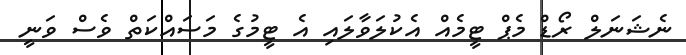
ނެޝަނަލް ރޯޑް މެޕް ޓީމެއް އެކުލަވާލައި އެ ޓީމުގެ މަސައްކަތް ވެސް ވަނީ